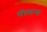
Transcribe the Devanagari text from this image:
गोंदणार्‍या